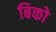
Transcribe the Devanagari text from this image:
बिको